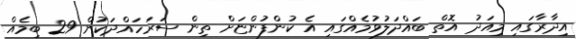
އިދާރާގައި މިއަދު އޮތް ބައްދަލުވުމެއްގައި އެ ކުންފުންޏަށް ތިން ސަރަހައްދަކުން 29 ބިމެއް